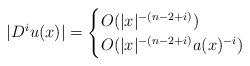
LaTeX: \begin{align*}|D^iu(x)|=\begin{cases}O(|x|^{-(n-2+i)}) &\\O(|x|^{-(n-2+i)}a(x)^{-i}) &\end{cases}\end{align*}